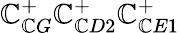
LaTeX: \mathbb{C}_{\mathbb{C}G}^{+}\mathbb{C}_{\mathbb{C}D2}^{+}\mathbb{C}_{\mathbb{C}E1}^{+}